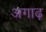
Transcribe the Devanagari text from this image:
अगाढ़